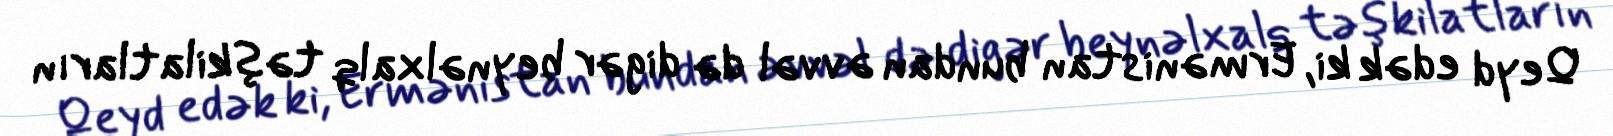
Qeyd edək ki, Ermənistan bundan əvvəl də digər beynəlxalq təşkilatların